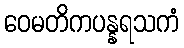
ဝေမတိကပန္နရသကံ